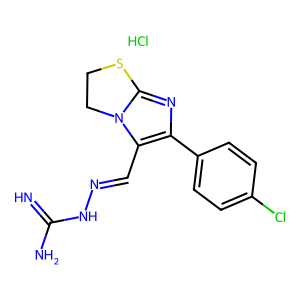
SMILES: Cl.N=C(N)NN=Cc1c(-c2ccc(Cl)cc2)nc2n1CCS2
Inhibits HIV replication: No